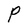
Character: P